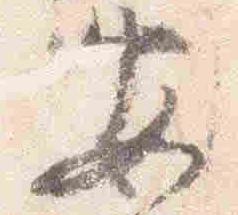
安